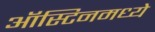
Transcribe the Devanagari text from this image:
ऑस्टिनमध्ये